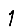
Digit: 1